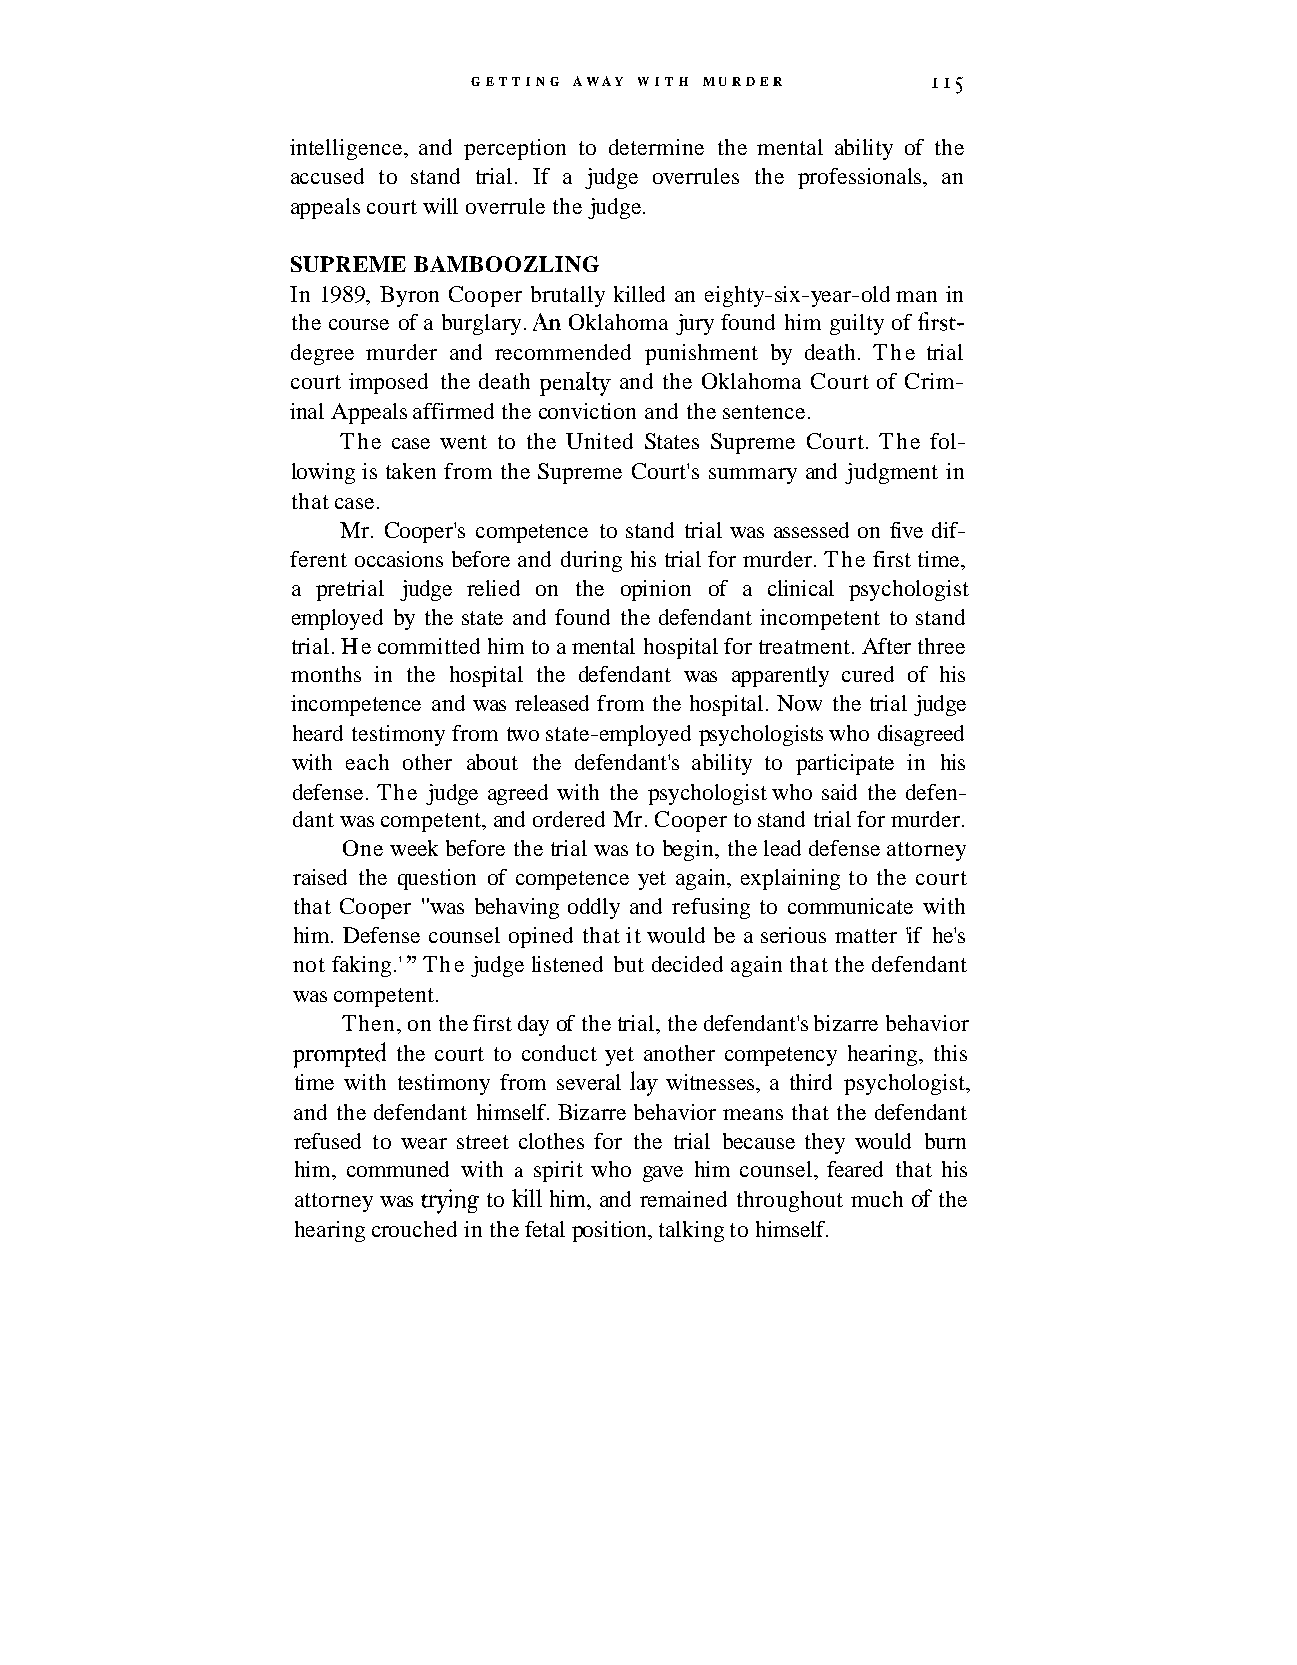
GETTING AWAY WITH MURDER       " 5
 intelligence, and perception to determine the mental ability of the
 accused to stand trial. If a judge overrules the professionals, an
 appeals court will overrule the judge.
 SUPREME BAMBOOZLING
 In 1989, Byron Cooper brutally killed an eighty-six-year-old man in
 the course of a burglary. An Oklahoma jury found him guilty of first-
 degree murder and recommended punishment by death. The trial
 court imposed the death penalty and the Oklahoma Court of Crim-
 inal Appeals affirmed the conviction and the sentence.
 The case went to the United States Supreme Court. The fol-
 lowing is taken from the Supreme Court's summary and judgment in
 that case.
 Mr. Cooper's competence to stand trial was assessed on five dif-
 ferent occasions before and during his trial for murder. The first time,
 a pretrial judge relied on the opinion of a clinical psychologist
 employed by the state and found the defendant incompetent to stand
 trial. He committed him to a mental hospital for treatment. After three
 months in the hospital the defendant was apparently cured of his
 incompetence and was released from the hospital. Now the trial judge
 heard testimony from two state-employed psychologists who disagreed
 with each other about the defendant's ability to participate in his
 defense. The judge agreed with the psychologist who said the defen-
 dant was competent, and ordered Mr. Cooper to stand trial for murder.
 One week before the trial was to begin, the lead defense attorney
 raised the question of competence yet again, explaining to the court
 that Cooper "was behaving oddly and refusing to communicate with
 him. Defense counsel opined that it would be a serious matter 'if he's
 not faking.' The judge listened but decided again that the defendant
 "
 was competent.
 Then, on the first day of the trial, the defendant's bizarre behavior
 ~romptedth e court to conduct yet another competency hearing, this
 time with testimony from several lay witnesses, a third psychologist,
 and the defendant himself. Bizarre behavior means that the defendant
 refused to wear street clothes for the trial because they would burn
 him, communed with a spirit who gave him counsel, feared that his
 attorney was trying to kill him, and remained throughout much of the
 hearing crouched in the fetal position, talking to himself.